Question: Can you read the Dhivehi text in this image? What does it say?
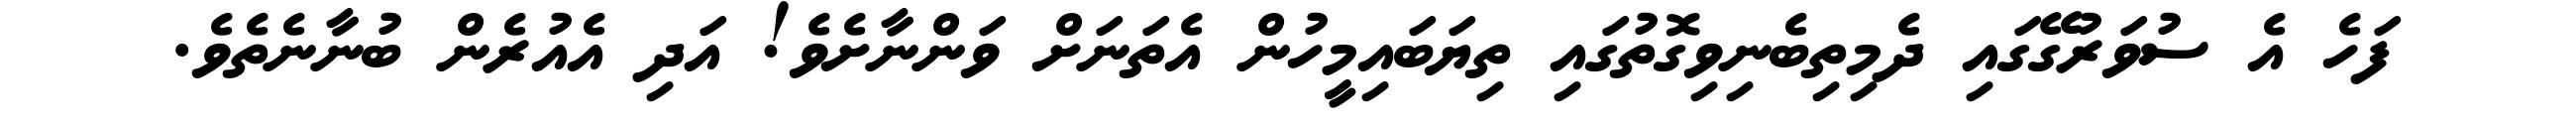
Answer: ފަހެ އެ ސުވަރުގޭގައި ދެމިތިބެނިވިގޮތުގައި ތިޔަބައިމީހުން އެތަނަށް ވަންނާށެވެ! އަދި އެއުރެން ބުނާނެތެވެ.